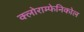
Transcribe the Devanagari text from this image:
क्लोराम्फेनिकोल